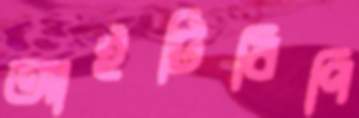
আইটিবিপি